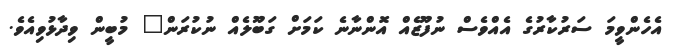
އެހެންވީމަ ސަރުކާރުގެ އެއްވެސް ނުފޫޒެއް އޮންނާނެ ކަމަށް ގަބޫލެއް ނުކުރަން" މުބީން ވިދާޅުވިއެވެ.